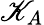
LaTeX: \mathscr{K}_{A}